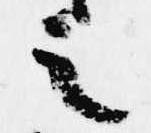
之